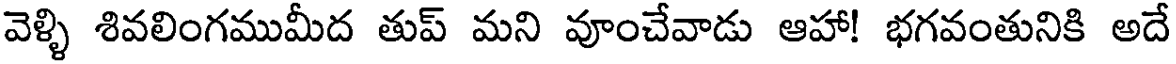
వెళ్ళి శివలింగముమీద తుప్ మని వూంచేవాడు ఆహా! భగవంతునికి అదే